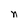
Character: n